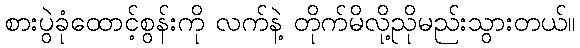
စားပွဲခုံထောင့်စွန်းကို လက်နဲ့ တိုက်မိလို့ညိုမည်းသွားတယ်။